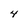
Character: 4